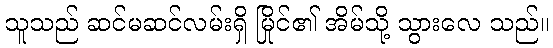
သူသည် ဆင်မဆင်လမ်းရှိ မြိုင်၏ အိမ်သို့ သွားလေ သည်။